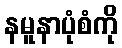
နမူနာပုံစံကို